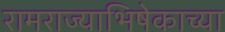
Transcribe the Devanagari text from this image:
रामराज्याभिषेकाच्या